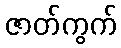
ဇာတ်ကွက်